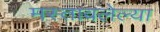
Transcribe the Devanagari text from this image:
मस्तावलेल्या